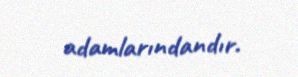
adamlarındandır.